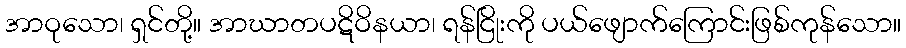
အာဝုသော၊ ရှင်တို့။ အာဃာတပဋိဝိနယာ၊ ရန်ငြိုးကို ပယ်ဖျောက်ကြောင်းဖြစ်ကုန်သော။